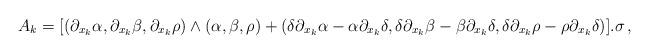
LaTeX: \begin{align*} A_k =[(\partial_{x_k}\alpha , \partial_{x_k}\beta , \partial_{x_k}\rho )\wedge (\alpha , \beta , \rho ) + (\delta \partial_{x_k} \alpha - \alpha\partial_{x_k}\delta ,\delta \partial_{x_k}\beta - \beta \partial_{x_k} \delta , \delta\partial_{x_k} \rho-\rho \partial_{x_k} \delta )].\sigma \, ,\end{align*}